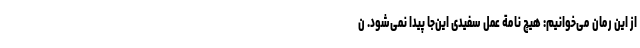
از این رمان می‌خوانیم: هیچ نامة عملِ سفیدی این‌جا پیدا نمی‌شود. ن